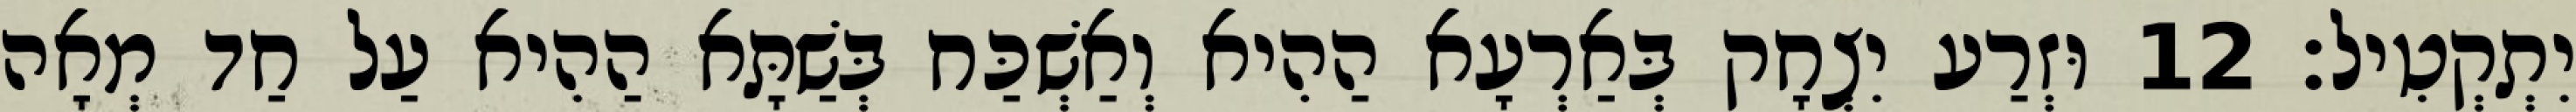
יִתְקְטִיל׃ 12 וּזְרַע יִצְחָק בְּאַרְעָא הַהִיא וְאַשְׁכַּח בְּשַׁתָּא הַהִיא עַל חַד מְאָה